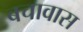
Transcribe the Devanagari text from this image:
बचावास